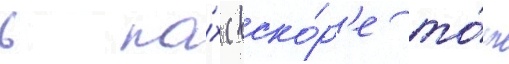
в па́х (вско́р'е то́т